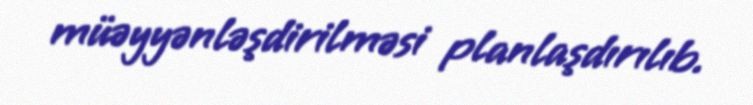
müəyyənləşdirilməsi planlaşdırılıb.